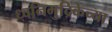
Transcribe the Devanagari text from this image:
ध्वनिमुद्रिकेच्या